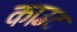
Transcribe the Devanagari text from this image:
काउँट